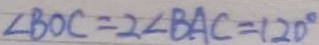
\angle B O C = 2 \angle B A C = 1 2 0 ^ { \circ }